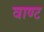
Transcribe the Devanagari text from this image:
वाण्ट